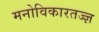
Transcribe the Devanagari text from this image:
मनोविकारतज्‍ज्ञ